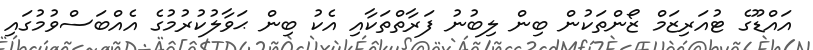
އައްޑޫގެ ޓުއަރިޒަމް ޒޯންތަކުން ބިން ލިބުނު ފަރާތްތަކާއި އެކު ބިން ޙަވާލުކުރުމުގެ އެއްބަސްވުމުގައި